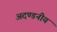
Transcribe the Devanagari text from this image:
अदण्डनीय